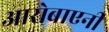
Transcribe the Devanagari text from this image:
आरोबाएनी